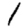
Digit: 1